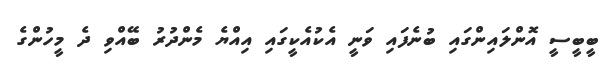
ބީބީސީ އޮންލައިންގައި ބުނެފައި ވަނީ އެކުއެކީގައި އިއްޔެ މެންދުރު ބޭއްވި ދެ މީހުންގެ